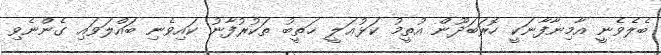
ބެލެވެނީ އާމިނާފާނަކީ ހޮރަބަދޫން އުތީމު ކަޅުޢަލީ ޚަތީބު ތަކުރުފާނު ކައިވެނި ބައްލަވައި ގެންނެވި